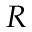
R